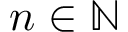
\textstyle n \in \mathbb { N }